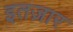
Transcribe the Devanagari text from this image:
इतज़ार